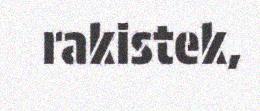
rakistek,